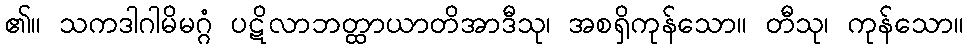
၏။ သကဒါဂါမိမဂ္ဂံ ပဋိလာဘတ္ထာယာတိအာဒီသု၊ အစရှိကုန်သော။ တီသု၊ ကုန်သော။